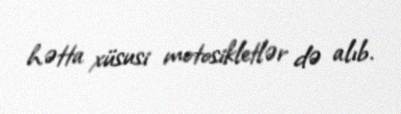
hətta xüsusi motosikletlər də alıb.